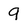
Character: g